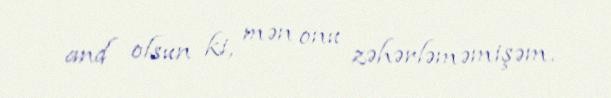
and olsun ki, mən onu zəhərləməmişəm.